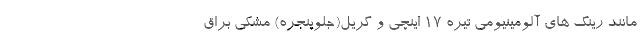
مانند رینگ های آلومینیومی تیره 17 اینچی و گریل(جلوپنجره) مشکی براق